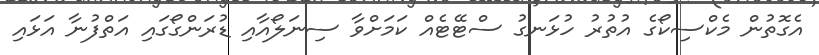
އެގޮތުން މެކްސިކޯގެ އުތުރު ހުޅަނގު ސްޓޭޓެއް ކަމަށްވާ ސިނަލޯއާއި ޑުރަންގޯގައި އަތްފުނާ އަޅައި